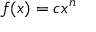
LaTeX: f ( x ) = c x ^ { n }